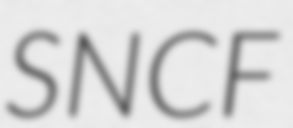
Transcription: SNCF